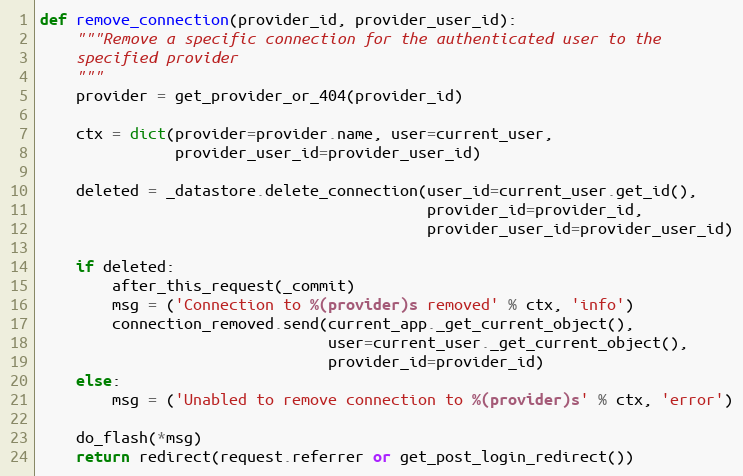
Language: Python
def remove_connection(provider_id, provider_user_id):
    """Remove a specific connection for the authenticated user to the
    specified provider
    """
    provider = get_provider_or_404(provider_id)

    ctx = dict(provider=provider.name, user=current_user,
               provider_user_id=provider_user_id)

    deleted = _datastore.delete_connection(user_id=current_user.get_id(),
                                           provider_id=provider_id,
                                           provider_user_id=provider_user_id)

    if deleted:
        after_this_request(_commit)
        msg = ('Connection to %(provider)s removed' % ctx, 'info')
        connection_removed.send(current_app._get_current_object(),
                                user=current_user._get_current_object(),
                                provider_id=provider_id)
    else:
        msg = ('Unabled to remove connection to %(provider)s' % ctx, 'error')

    do_flash(*msg)
    return redirect(request.referrer or get_post_login_redirect())